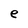
Character: e